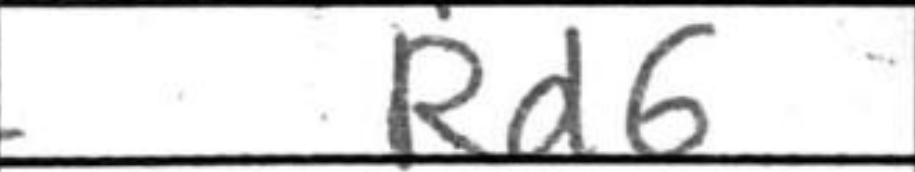
Transcription: Rd6